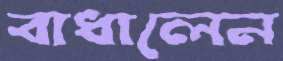
বাধালেন